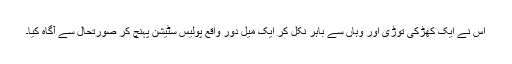
اس نے ایک کھڑکی توڑی اور وہاں سے باہر نکل کر ایک میل دور واقع پولیس سٹیشن پہنچ کر صورتحال سے آگاہ کیا۔